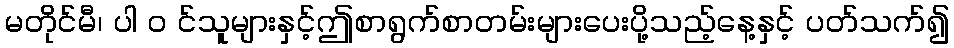
မတိုင်မီ၊ ပါ ၀ င်သူများနှင့်ဤစာရွက်စာတမ်းများပေးပို့သည့်နေ့နှင့် ပတ်သက်၍